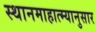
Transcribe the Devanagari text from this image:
स्थानमाहात्म्यानुसार